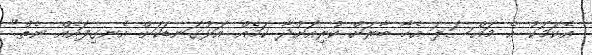
އެކަމަކު އެ މައްސަލަ އެހާ ބާރަށް ކުރިއަށްދާ ކަމެއް އަޅުގަނޑަކަށް އެނގިފައެއް ނެތް"